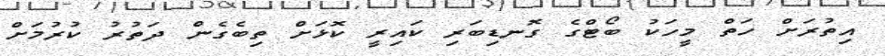
އިތުރަށް ހަތް މީހަކު ބޯޓްގެ ގޮނޑިބަރި ކައިރީ ކޮޅަށް ތިބެގެން ދަތުރު ކުރުމަށް